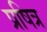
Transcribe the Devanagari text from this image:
प्रषित्र